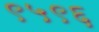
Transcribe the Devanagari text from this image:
९५९६